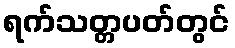
ရက်သတ္တပတ်တွင်